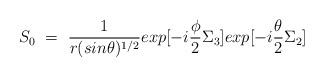
LaTeX: \begin{align*}S_0~=~\frac{1}{r(sin\theta)^{1/2}}exp[-i\frac{\phi}{2}\Sigma_3]exp[-i\frac{\theta}{2}\Sigma_2]\end{align*}